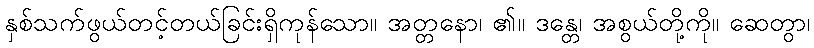
နှစ်သက်ဖွယ်တင့်တယ်ခြင်းရှိကုန်သော။ အတ္တနော၊ ၏။ ဒန္တေ၊ အစွယ်တို့ကို။ ဆေတွာ၊